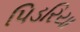
પિડરિયા